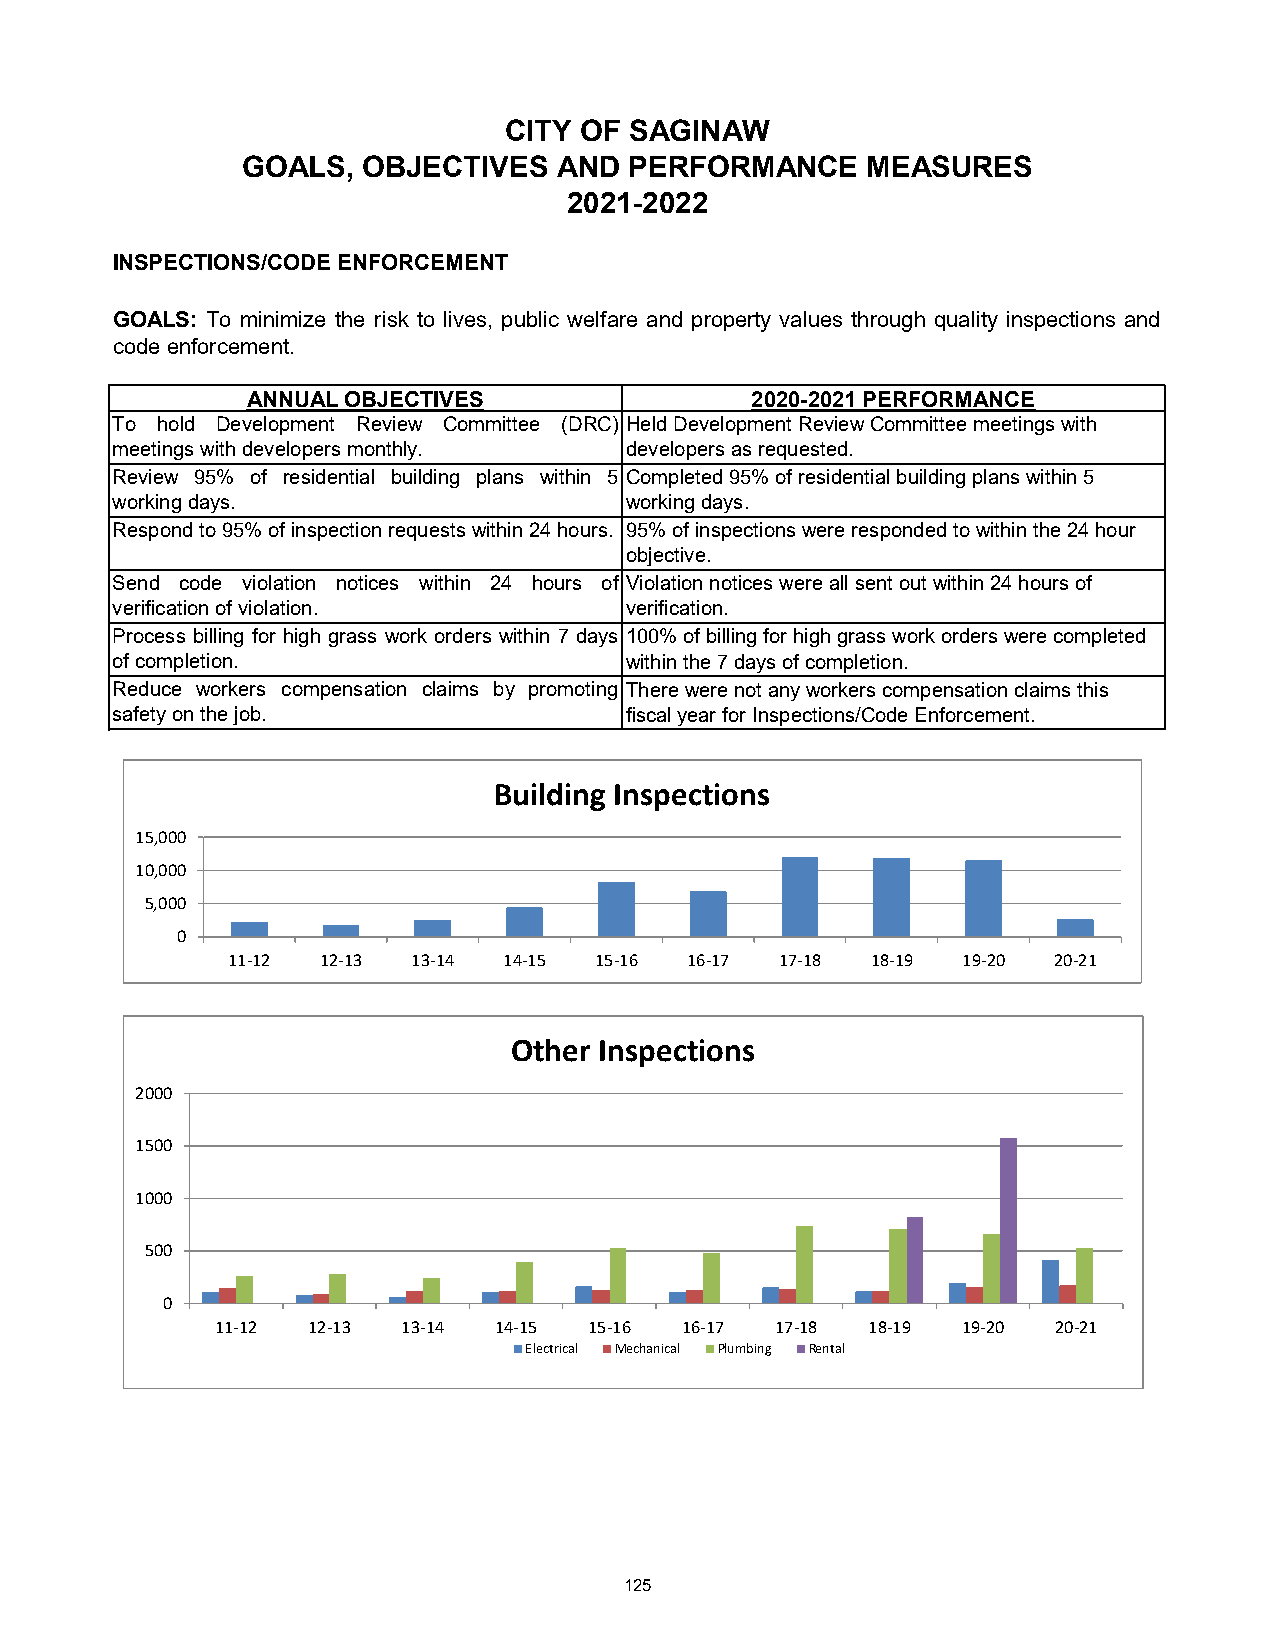
CITY OF  SAGINAW
 GOALS,  OBJECTIVES   AND  PERFORMANCE    MEASURES
 2021-2022
 INSPECTIONS/CODE ENFORCEMENT
 GOALS: To minimize the risk to lives, public welfare and property values through quality inspections and
 code enforcement.
 ANNUAL OBJECTIVES                 2020-2021 PERFORMANCE
 To hold Development Review Committee (DRC) Held Development Review Committee meetings with
 meetings with developers monthly. developers as requested.
 Review 95% of residential building plans within 5 Completed 95% of residential building plans within 5
 working days.                     working days.
 Respond to 95% of inspection requests within 24 hours. 95% of inspections were responded to within the 24 hour
 objective.
 Send code violation notices within 24 hours of Violation notices were all sent out within 24 hours of
 verification of violation.        verification.
 Process billing for high grass work orders within 7 days 100% of billing for high grass work orders were completed
 of completion.                    within the 7 days of completion.
 Reduce workers compensation claims by promoting There were not any workers compensation claims this
 safety on the job.                fiscal year for Inspections/Code Enforcement.
 Building Inspections
 15,000
 10,000
 5,000
 0
 11-12 12-13 13-14 14-15 15-16 16-17  17-18 18-19 19-20 20-21
 Other Inspections
 2000
 1500
 1000
 500
 0
 11-12 12-13  13-14 14-15 15-16 16-17 17-18 18-19  19-20 20-21
 Electrical Mechanical Plumbing Rental
 125